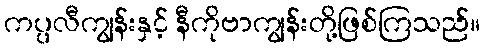
ကပ္ပလီကျွန်းနှင့် နီကိုဗာကျွန်းတို့ဖြစ်ကြသည်။